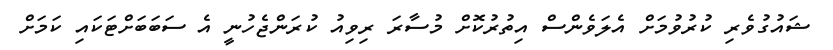
ޝައުގުވެރި ކުރުވުމަށް އެލަވެންސް އިތުރުކޮށް މުސާރަ ރިވިއު ކުރަންޖެހުނީ އެ ސަބަބަށްޓަކައި ކަމަށް